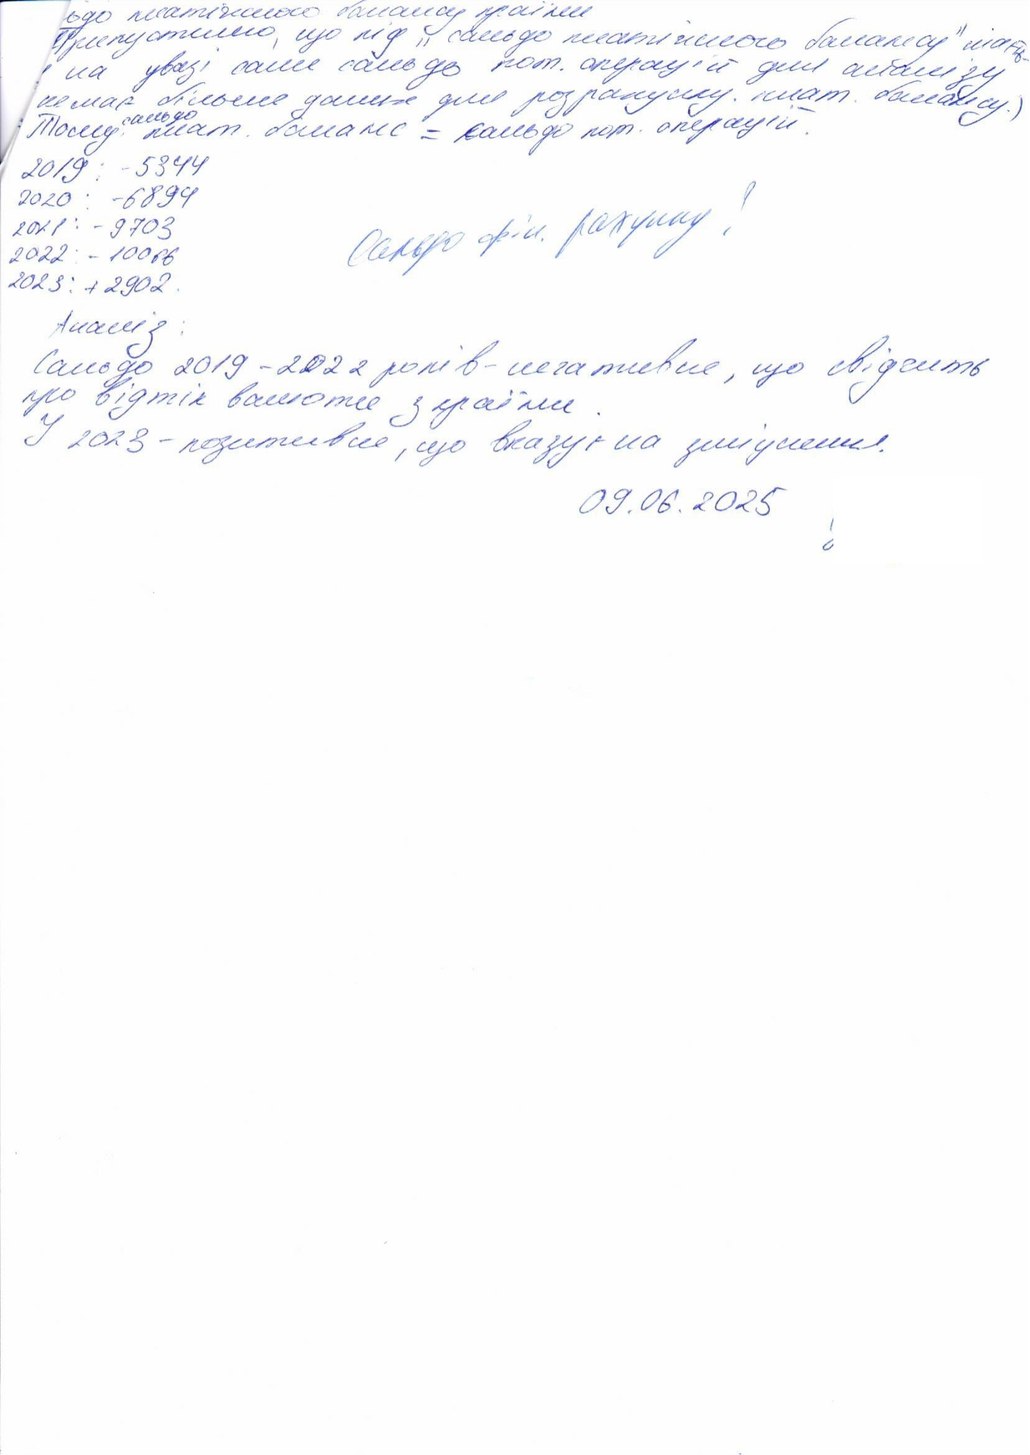
ьдо платіжного балансу країни
Припустимо, що під "сальдо платіжного балансу" маєть-
на увазі саме сащодо пот. операцій для аналізу
немає більше даних для розрахунку. плат. балансу.)
Тому, {сальдо} плат. баланс= сальдо пот. операцій.
2019: - 5344
Сальдо фін. рахунку!
2020 : -6899
2021 : - 9703
2022 :- 10066
2023: + 2902.
Аналіз:
сальдо 2019-2022 років - негативне, що свідчить
про відтік валюти з країни.
У 2023 - позитивне, що вказує на зміцнення.
09.06.2025